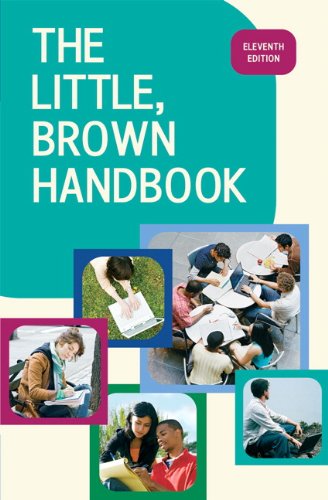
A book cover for The Little, Brown Handbook, 11th Edition; H. Ramsey Fowler; Reference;